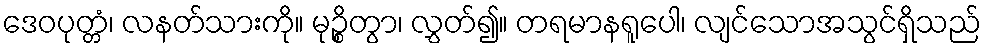
ဒေဝပုတ္တံ၊ လနတ်သားကို။ မုဉ္စိတွာ၊ လွှတ်၍။ တရမာနရူပေါ၊ လျင်သောအသွင်ရှိသည်